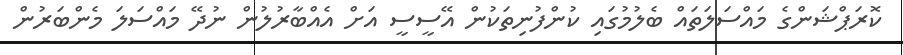
ކޮރަޕްޝަންގެ މައްސަލަތައް ބެލުމުގައި ކުންފުނިތަކުން އޭސީސީ އަށް އެއްބާރުލުން ނުދޭ މައްސަލަ މެންބަރުން